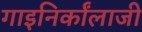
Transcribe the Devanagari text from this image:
गाइनिर्कांलाजी